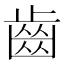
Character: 齒